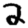
Digit: 2